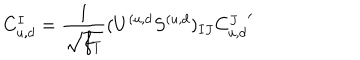
LaTeX: C _ { u , d } ^ { I } = { \frac { 1 } { \sqrt { f _ { T } } } } ( U ^ { ( u , d } S ^ { ( u , d } ) _ { I J } { C _ { u , d } ^ { J } } ^ { \prime }